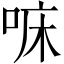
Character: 𠳹